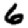
Digit: 6